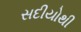
સદીયોથી